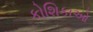
કોશિકાઓ